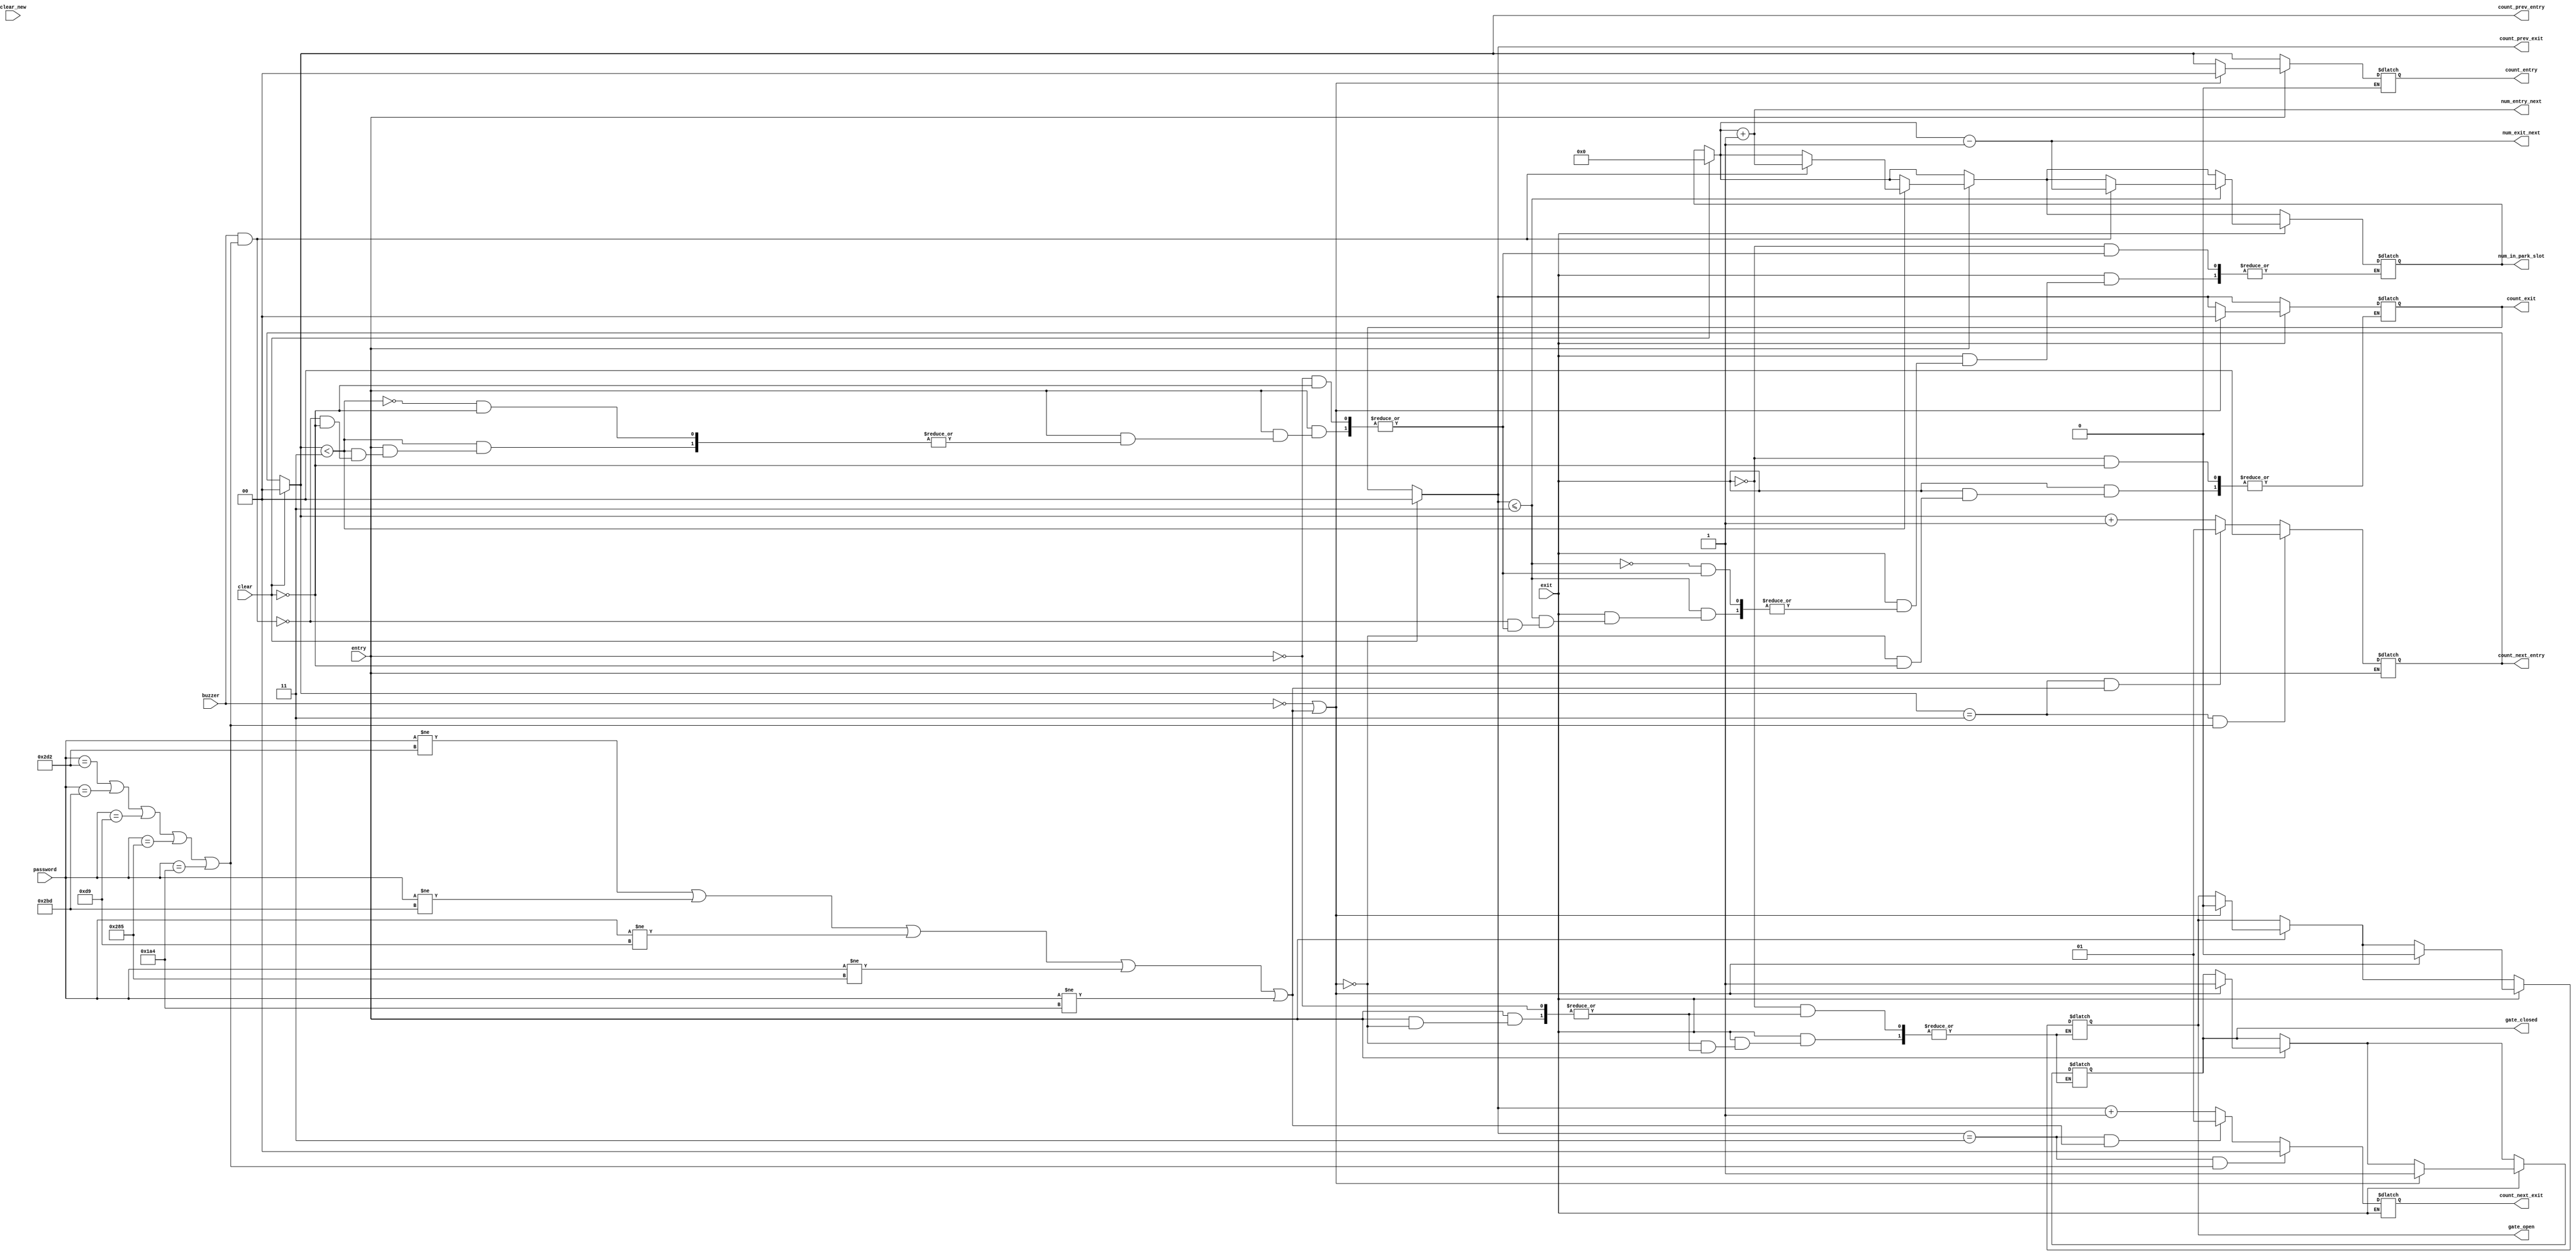

/*PROJECT:AUTOMATED VEHICLE PARKING ENTRY AND EXIT

//DATAFLOW VERILOG CODE FOR AUTOMATED ENTRY AND EXIT OF VEHICLES 

//CHANDRIKA.T.G-16CO214


//ABSTRACT
		
			Unique password will be given to each vehicle owned by the residents which works for both entry and exit.
			Keep the count of two wheelers and four wheelers separately at any instant of time.
			Separate entry for two and four wheelers.
*/
//FUNCTIONALITY AND DESCRIPTION

//There is 1 module :
//						1.module VerilogBM_214 is the main module which actually does the work for automated entry and exit 
//							*inputs are buzzer press and 3 bit(decimal) password entry
//							*outputs includes whether gate is closed or open ,chance to enter the password is over or not,num of vehicles in parking slot at any given time


module VerilogBM_214(input buzzer, //user can enter the password only if buzzer is pressed
						input entry,
						input exit,
						input [12:1]password,//password entered by the user			
						input clear,//to clear the counter to count the number of chances
						input clear_new,//to clear the counter to count the number of chances after correct password is entered
						output reg gate_open,//will be equal to 1 if entered password is accepted else 0
						output reg gate_closed,//will be equal to 0 if entered password is accepted else 1 if access is denied
						output reg [1:0]count_entry,//To count the number of times buzzer pressed by each user while entering
						output reg [1:0]count_exit,//To count the number of times buzzer pressed by each user while exiting
						output reg [12:1]num_in_park_slot,//Total number of vehicles in the parking slot at given point of time
						output reg [2:1]count_next_entry,//To give count_entry+1
						output reg [2:1]count_next_exit,//To give count_exit+1
						output reg [12:1]num_entry_next ,//To calculate num_in_park_slot+1 while entering
						output reg [12:1]num_exit_next,//To calculate num_in_park_slot+1 while exiting
						output reg [2:1] count_prev_entry,//To give count_entry-1
						output reg [2:1] count_prev_exit//To give count_exit-1
						);
	
/* ACCEPTED PASSWORDS FOR 2 WHEELERS:
	1.722
	2.701
	3.217
	4.645
	5.420
*/



always @(buzzer or password or entry or exit or clear or clear_new)
	
	begin
	//To clear the both the counters(one for counting the number of chances and the other for counting num of vehicles in parking slot)
	
			if(clear==1'b1)
			begin
			count_exit=2'd0;
			count_entry=2'd0;
			num_in_park_slot=12'd0;
			end
			else if(clear==1'b0)
			begin
				count_entry=count_next_entry;;
			end
			else if(clear==1'b0)
			begin
				count_exit=count_next_exit;
			end
	//To calculate count_prev,count_next,num_entry_next,num_exit_next			
			count_prev_entry=count_entry;
			num_entry_next=num_in_park_slot+1;
			count_prev_exit=count_exit;
			num_exit_next=num_in_park_slot-1;
//ENTRY OF VEHICLES

//Password checking for entered password and making chance_over=0 if buzzer is pressed <3 times  else =1	
		//Password is correct means gate_open=1 ,gate_closed=0				
		if(entry==1'b1)
		begin
			
			if(count_entry==2'd3 &&(password==12'd722 || password==12'd701|| password==12'd217|| password==12'd645|| password==12'd420) )
				count_next_entry=2'd0;
			else if(count_entry==2'd3 && (password!=12'd722 || password!=12'd701|| password!=12'd217|| password!=12'd645|| password!=12'd420))
				count_next_entry=2'd1;
			else
				count_next_entry=count_entry+1;
			
			
			
			if(count_entry<2'd3)
			begin
				if(buzzer==1'b1 && (password==12'd722 || password==12'd701|| password==12'd217|| password==12'd645|| password==12'd420))
				begin
					gate_open<=1'b1;
					gate_closed<=1'b0;
					num_in_park_slot=num_entry_next;
					count_entry<=2'd0;
						
				end	
				
			end
			else if(count_entry==2'd3)
				begin
					$display("\nYour Chance is over::You cannot enter the parking slot....SORRY!!:(");
				
				end
	//Password is incorrect means gate will remain closed i.e gate+closed =1 and gate_open=0				
			if(buzzer==1'b0 ||(password!=12'd722 || password!=12'd701|| password!=12'd217|| password!=12'd645|| password!=12'd420) )
			begin
				count_entry=count_next_entry;
				gate_open=1'b0;
				gate_closed=1'b1;
				num_in_park_slot=num_in_park_slot;
				count_entry=1'd0;
			end
		end
		
//EXIT OF VEHICLES 
		
		if(exit==1'b1)
		begin
	//Password checking for entered password and making chance_over=0 if buzzer is pressed <3 times  else =1	
		//Password is correct means gate_open=1 ,gate_closed=0		
			if(count_exit==2'd3 &&(password==12'd722 || password==12'd701|| password==12'd217|| password==12'd645|| password==12'd420) )
			count_next_exit=2'd0;
			else if(count_exit==2'd3 && (password!=12'd722 || password!=12'd701|| password!=12'd217|| password!=12'd645|| password!=12'd420))
			count_next_exit=2'd1;
			else
			count_next_exit=count_exit+1;
			
			
			
			if(count_exit<=(2'd3))
			begin
				if(buzzer==1'b1 && (password==12'd722 || password==12'd701|| password==12'd217|| password==12'd645|| password==12'd420))
				begin
					gate_open<=1'b1;
					gate_closed<=1'b0;
					num_in_park_slot=num_exit_next;
					count_exit<=2'd0;
						
				end	
				
			end
			else if(count_exit==2'd3)
				begin
					$display("\nYour Chance is over::You cannot enter the parking slot....SORRY!!:(");
				
				end
	//Password is incorrect means gate will remain closed i.e gate_closed =1 and gate_open=0			
			if(buzzer==1'b0 ||(password!=12'd722 || password!=12'd701|| password!=12'd217|| password!=12'd645|| password!=12'd420) )
			begin
				count_exit=count_next_exit;
				gate_open=1'b0;
				gate_closed=1'b1;
				num_in_park_slot=num_in_park_slot;
				count_exit=1'd0;
			end
		end
	end
endmodule